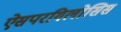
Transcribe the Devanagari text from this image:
ऐसपरगिलोसिस